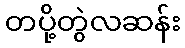
တပို့တွဲလဆန်း